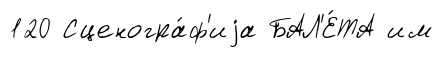
120 Сценогра́ф'иjа БАЛ'Е́ТА им